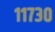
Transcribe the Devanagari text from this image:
११७३०